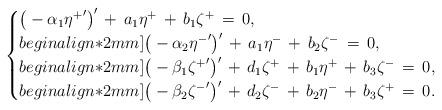
LaTeX: \begin{align*}\begin{cases} \big(-\alpha_1{\eta^+}'\big)'\,+\,a_1 \eta^+\,+\,b_1\zeta^+\,=\,0, \\begin{align*}2mm] \big(-\alpha_2{\eta^-}'\big)'\,+\,a_1 \eta^-\,+\,b_2\zeta^-\,=\,0, \\begin{align*}2mm] \big(-\beta_1{\zeta^+}'\big)'\,+\,d_1 \zeta^+\,+\,b_1\eta^+\,+\,b_3\zeta^-\,=\,0, \\begin{align*}2mm] \big(-\beta_2{\zeta^-}'\big)'\,+\,d_2 \zeta^-\,+\,b_2\eta^-\,+\,b_3\zeta^+\,=\,0. \end{cases}\end{align*}